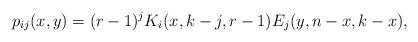
LaTeX: \begin{align*}p_{ij}(x,y) = (r-1)^jK_{i}(x,k-j,r-1)E_{j}(y,n-x,k-x), \end{align*}